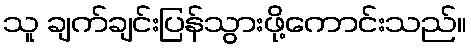
သူ ချက်ချင်းပြန်သွားဖို့ကောင်းသည်။